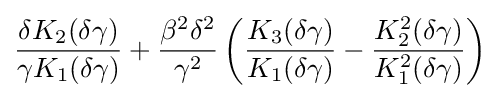
{\frac {\delta K_{2}(\delta \gamma )}{\gamma K_{1}(\delta \gamma )}}+{\frac {\beta ^{2}\delta ^{2}}{\gamma ^{2}}}\left({\frac {K_{3}(\delta \gamma )}{K_{1}(\delta \gamma )}}-{\frac {K_{2}^{2}(\delta \gamma )}{K_{1}^{2}(\delta \gamma )}}\right)